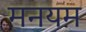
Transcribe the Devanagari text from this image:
मनयम